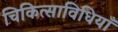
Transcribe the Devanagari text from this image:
चिकित्साविधियाँ